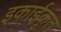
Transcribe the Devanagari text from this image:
इकाईकृत